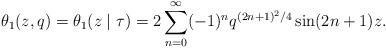
LaTeX: \begin{align*}\theta_1(z,q) =\theta_1(z \mid \tau) = 2\sum_{n=0}^{\infty}(-1)^n q^{(2n+1)^2/4}\sin(2n+1)z.\end{align*}